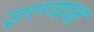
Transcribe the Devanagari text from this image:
इरण्याक्ष